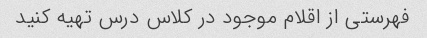
فهرستی از اقلام موجود در کلاس درس تهیه کنید